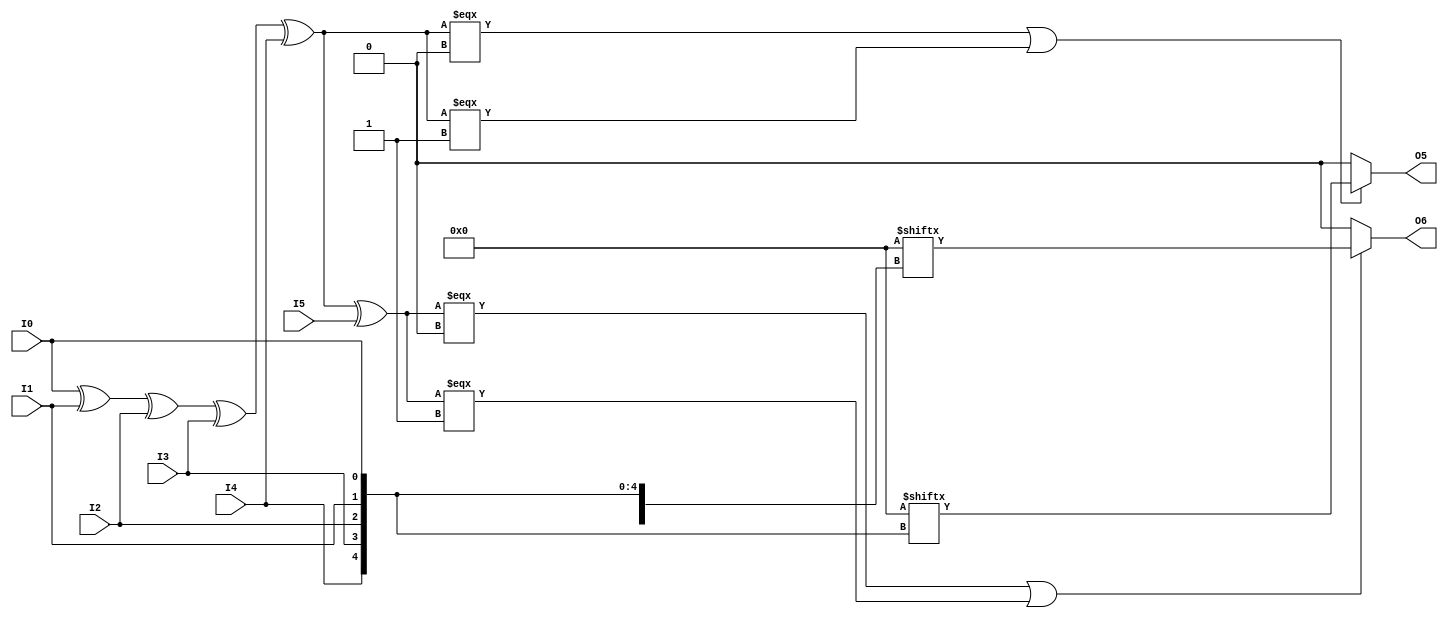
///////////////////////////////////////////////////////////////////////////////
// Copyright (c) 1995/2016 Xilinx, Inc.
// All Right Reserved.
///////////////////////////////////////////////////////////////////////////////
//   ____  ____
//  /   /\/   /
// /___/  \  /    Vendor      : Xilinx
// \   \   \/     Version     : 2017.1
//  \   \         Description : Xilinx Unified Simulation Library Component
//  /   /                  6-Bit Look-Up Table with Two Outputs
// /___/   /\     Filename : LUT6_2.v
// \   \  /  \
//  \___\/\___\
//
///////////////////////////////////////////////////////////////////////////////
//  Revision:
//    08/08/06 - Initial version.
//    06/04/07 - Change timescale form 100ps/10ps to 1ps/1ps.
//               Add wire definition.
//    06/19/07 - 441956 - Add LOC Parameter
//    12/13/11 - 524859 - Added `celldefine and `endcelldefine
//    09/12/16 - ANSI ports, speed improvements
//  End Revision:
///////////////////////////////////////////////////////////////////////////////

`timescale 1 ps/1 ps

`celldefine

module LUT6_2 #(
`ifdef XIL_TIMING
  parameter LOC = "UNPLACED",
`endif
  parameter [63:0] INIT = 64'h0000000000000000
)(
  output O5,
  output O6,

  input I0,
  input I1,
  input I2,
  input I3,
  input I4,
  input I5
);

// define constants
  localparam MODULE_NAME = "LUT6_2";

  reg trig_attr = 1'b0;
// include dynamic registers - XILINX test only
`ifdef XIL_DR
  `include "LUT6_2_dr.v"
`else
  reg [63:0] INIT_REG = INIT;
`endif

// begin behavioral model

  reg O5_out;
  reg O6_out;

  assign O5 = O5_out;
  assign O6 = O6_out;

  function lut_mux4_f;
  input [3:0] d;
  input [1:0] s;
  begin
    if (((s[1]^s[0]) === 1'b1) || ((s[1]^s[0]) === 1'b0))
      lut_mux4_f = d[s];
    else if ( ~(|d) || &d)
      lut_mux4_f = d[0];
    else if (((s[0] === 1'b1) || (s[0] === 1'b0)) && (d[{1'b0,s[0]}] === d[{1'b1,s[0]}]))
      lut_mux4_f = d[{1'b0,s[0]}];
    else if (((s[1] === 1'b1) || (s[1] === 1'b0)) && (d[{s[1],1'b0}] === d[{s[1],1'b1}]))
      lut_mux4_f = d[{s[1],1'b0}];
    else
      lut_mux4_f = 1'bx;
  end
  endfunction

  function lut_mux8_f;
  input [7:0] d;
  input [2:0] s;
  begin
    if (((s[2]^s[1]^s[0]) === 1'b1) || ((s[2]^s[1]^s[0]) === 1'b0))
      lut_mux8_f = d[s];
    else if ( ~(|d) || &d)
      lut_mux8_f = d[0];
    else if ((((s[1]^s[0]) === 1'b1) || ((s[1]^s[0]) === 1'b0)) &&
             (d[{1'b0,s[1:0]}] === d[{1'b1,s[1:0]}]))
      lut_mux8_f = d[{1'b0,s[1:0]}];
    else if ((((s[2]^s[0]) === 1'b1) || ((s[2]^s[0]) === 1'b0)) &&
             (d[{s[2],1'b0,s[0]}] === d[{s[2],1'b1,s[0]}]))
      lut_mux8_f = d[{s[2],1'b0,s[0]}];
    else if ((((s[2]^s[1]) === 1'b1) || ((s[2]^s[1]) === 1'b0)) &&
             (d[{s[2],s[1],1'b0}] === d[{s[2],s[1],1'b1}]))
      lut_mux8_f = d[{s[2:1],1'b0}];
    else if (((s[0] === 1'b1) || (s[0] === 1'b0)) &&
             (d[{1'b0,1'b0,s[0]}] === d[{1'b0,1'b1,s[0]}]) &&
             (d[{1'b0,1'b0,s[0]}] === d[{1'b1,1'b0,s[0]}]) &&
             (d[{1'b0,1'b0,s[0]}] === d[{1'b1,1'b1,s[0]}]))
      lut_mux8_f = d[{1'b0,1'b0,s[0]}];
    else if (((s[1] === 1'b1) || (s[1] === 1'b0)) &&
             (d[{1'b0,s[1],1'b0}] === d[{1'b0,s[1],1'b1}]) &&
             (d[{1'b0,s[1],1'b0}] === d[{1'b1,s[1],1'b0}]) &&
             (d[{1'b0,s[1],1'b0}] === d[{1'b1,s[1],1'b1}]))
      lut_mux8_f = d[{1'b0,s[1],1'b0}];
    else if (((s[2] === 1'b1) || (s[2] === 1'b0)) &&
             (d[{s[2],1'b0,1'b0}] === d[{s[2],1'b0,1'b1}]) &&
             (d[{s[2],1'b0,1'b0}] === d[{s[2],1'b1,1'b0}]) &&
             (d[{s[2],1'b0,1'b0}] === d[{s[2],1'b1,1'b1}]))
      lut_mux8_f = d[{s[2],1'b0,1'b0}];
    else
      lut_mux8_f = 1'bx;
  end
  endfunction

 always @(I0 or I1 or I2 or I3 or I4)  begin
   if ( (I0 ^ I1 ^ I2 ^ I3 ^ I4) === 1'b0 || (I0 ^ I1 ^ I2 ^ I3 ^ I4) === 1'b1)
     O5_out = INIT_REG[{I4, I3, I2, I1, I0}];
   else if ( ~(|INIT_REG[31:0]) || &INIT_REG[31:0] )
     O5_out = INIT_REG[0];
   else
     O5_out = lut_mux4_f ({lut_mux8_f (INIT_REG[31:24], {I2, I1, I0}),
                       lut_mux8_f (INIT_REG[23:16], {I2, I1, I0}),
                       lut_mux8_f ( INIT_REG[15:8], {I2, I1, I0}),
                       lut_mux8_f (  INIT_REG[7:0], {I2, I1, I0})}, {I4, I3});
 end

 always @(I0 or I1 or I2 or I3 or I4 or I5)  begin
   if ( (I0 ^ I1 ^ I2 ^ I3 ^ I4 ^ I5) === 1'b0 || (I0 ^ I1 ^ I2 ^ I3 ^ I4 ^ I5) === 1'b1)
     O6_out = INIT_REG[{I5, I4, I3, I2, I1, I0}];
   else if ( ~(|INIT_REG) || &INIT_REG )
     O6_out = INIT_REG[0];
   else
     O6_out = lut_mux8_f ({lut_mux8_f (INIT_REG[63:56], {I2, I1, I0}),
                       lut_mux8_f (INIT_REG[55:48], {I2, I1, I0}),
                       lut_mux8_f (INIT_REG[47:40], {I2, I1, I0}),
                       lut_mux8_f (INIT_REG[39:32], {I2, I1, I0}),
                       lut_mux8_f (INIT_REG[31:24], {I2, I1, I0}),
                       lut_mux8_f (INIT_REG[23:16], {I2, I1, I0}),
                       lut_mux8_f ( INIT_REG[15:8], {I2, I1, I0}),
                       lut_mux8_f (  INIT_REG[7:0], {I2, I1, I0})}, {I5, I4, I3});
 end

// end behavioral model

`ifdef XIL_TIMING
  specify
   (I0 => O5) = (0:0:0, 0:0:0);
   (I1 => O5) = (0:0:0, 0:0:0);
   (I2 => O5) = (0:0:0, 0:0:0);
   (I3 => O5) = (0:0:0, 0:0:0);
   (I4 => O5) = (0:0:0, 0:0:0);
   (I0 => O6) = (0:0:0, 0:0:0);
   (I1 => O6) = (0:0:0, 0:0:0);
   (I2 => O6) = (0:0:0, 0:0:0);
   (I3 => O6) = (0:0:0, 0:0:0);
   (I4 => O6) = (0:0:0, 0:0:0);
   (I5 => O6) = (0:0:0, 0:0:0);
	specparam PATHPULSE$ = 0;
  endspecify
`endif

endmodule

`endcelldefine